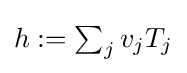
{\textstyle h:=\sum _{j}v_{j}T_{j}}